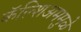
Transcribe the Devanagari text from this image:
कॅल्शिअममुळे